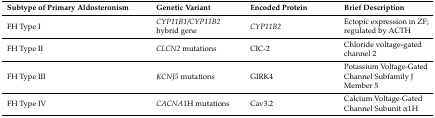
<table><thead><tr><td><b>Subtype of Primary Aldosteronism</b></td><td><b>Genetic Variant</b></td><td><b>Encoded Protein</b></td><td><b>Brief Description</b></td></tr></thead><tbody><tr><td>FH Type I</td><td><i>CYP11B1/CYP11B2</i> hybrid gene</td><td><i>CYP11B2</i></td><td>Ectopic expression in ZF; regulated by ACTH</td></tr><tr><td>FH Type II</td><td><i>CLCN2</i> mutations</td><td>CIC-2</td><td>Chloride voltage-gated channel 2</td></tr><tr><td>FH Type III</td><td><i>KCNJ5</i> mutations</td><td>GIRK4</td><td>Potassium Voltage-Gated Channel Subfamily J Member 5</td></tr><tr><td>FH Type IV</td><td><i>CACNA</i>1H mutations</td><td>Cav3.2</td><td>Calcium Voltage-Gated Channel Subunit α1H</td></tr></tbody></table>